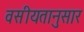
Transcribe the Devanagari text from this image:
वसीयतानुसार